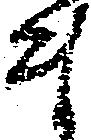
ま